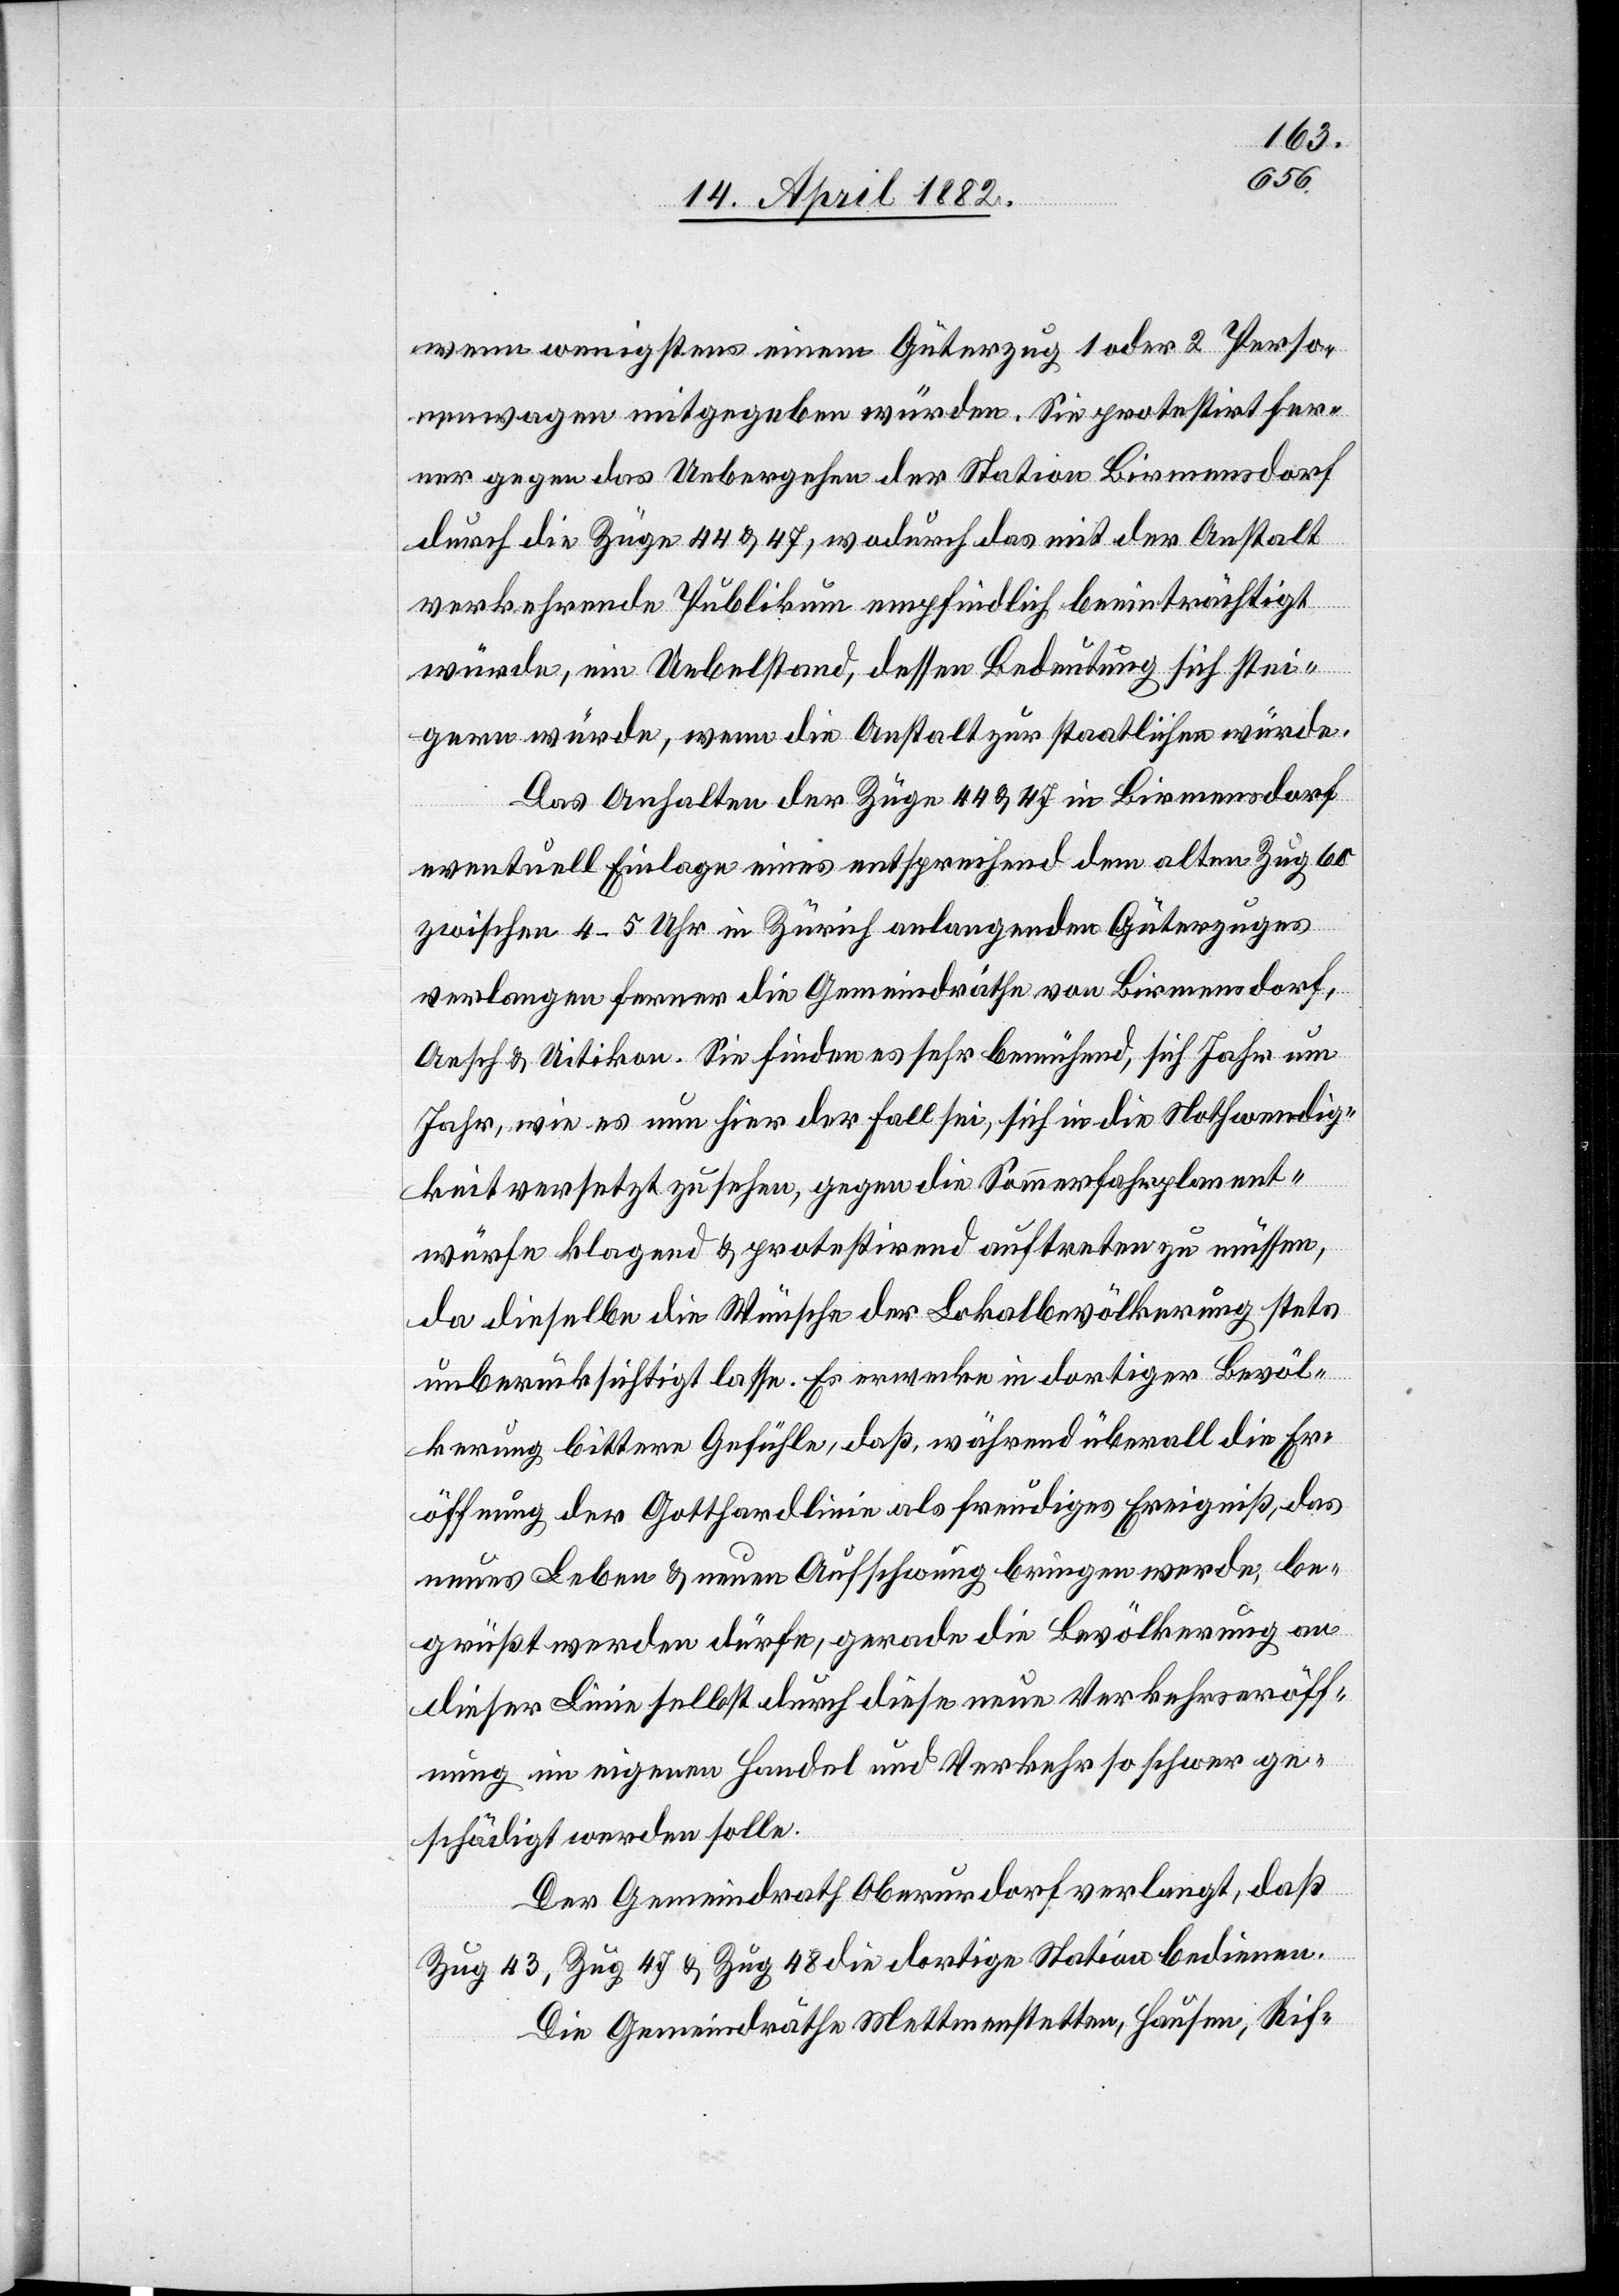
wenn wenigstens einem Güterzug 1 oder 2 Perso¬
nenwagen mitgegeben würden. Sie protestirt fer¬
ner gegen das Uebergehen der Station Birmensdorf
durch die Züge 44 & 47, wodurch das mit der Anstalt
verkehrende Publikum empfindlich beeinträchtigt
würde, ein Uebelstand, dessen Bedeutung sich stei¬
gern würde, wenn die Anstalt zur staatlichen würde.
Das Anhalten der Züge 44 & 47 in Birmensdorf
eventuell Einlage eines entsprechend dem alten Zug 60
zwischen 4–5 Uhr in Zürich anlangenden Güterzuges
verlangen ferner die Gemeindräthe von Birmensdorf,
Aesch & Uitikon. Sie finden es sehr bemühend, sich Jahr um
Jahr, wie es nun hier der Fall sei, sich in die Nothwendig¬
keit versetzt zu sehen, gegen die Sommerfahrplanent¬
würfe klagend & protestirend auftreten zu müssen,
da dieselbe die Wünsche der Lokalbevölkerung stets
unberücksichtigt lasse. Es erwecke in dortiger Bevöl¬
kerung bittere Gefühle, daß, während überall die Er¬
öffnung der Gotthardlinie als freudiges Ereigniß, das
neues Leben & neuen Aufschwung bringen werde, be¬
grüßt werden dürfe, gerade die Bevölkerung an
dieser Linie selbst durch diese neue Verkehrseröff¬
nung im eigenen Handel und Verkehr so schwer ge¬
schädigt werden solle.
Der Gemeindrath Oberurdorf verlangt, daß
Zug 43, Zug 47 & Zug 48 die dortige Station bedienen.
Die Gemeindräthe Mettmenstetten, Hausen, Rif-